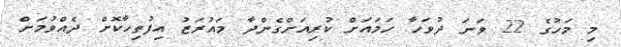
މި މަހުގެ 22 ވަނަ ދުވަހާ ހަމައަށް ކުރިއަށްގެންދާ މައުރަޒު އިފުތިހާކޮށް ދެއްވުމަށް